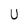
Character: U